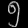
Digit: ၅